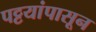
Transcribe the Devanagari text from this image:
पट्टयांपासून